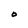
Character: O